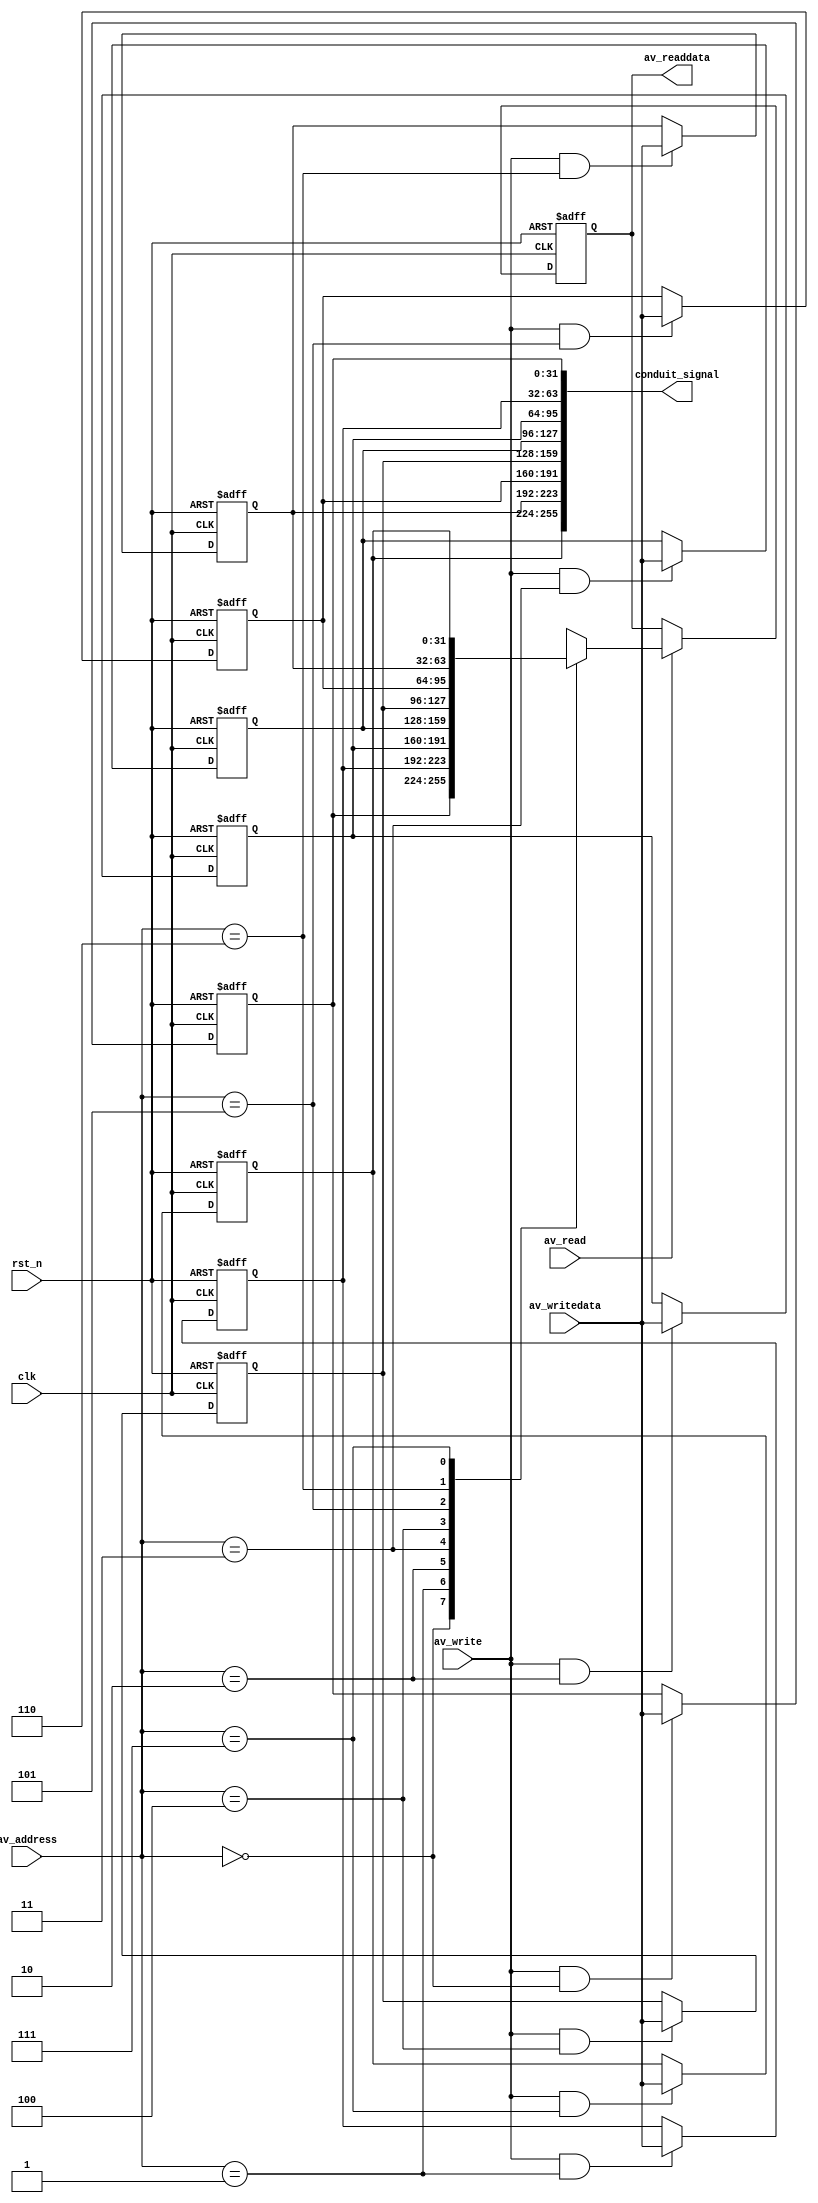
module osd_avalon_slave(
	clk, rst_n,
	
	av_address, av_read, av_write,
	av_readdata, av_writedata,
	
	conduit_signal
);

parameter	ADDR_WIDTH	= 3;
localparam	ADDR_NUM		= 1<<ADDR_WIDTH;

input 						clk, rst_n;
input [ADDR_WIDTH-1:0]	av_address;
input 						av_read, av_write;
output reg [31:0]			av_readdata;
input [31:0]				av_writedata;

output [(1<<(ADDR_WIDTH+5))-1:0]	conduit_signal;

reg [31:0]	registers [ADDR_NUM-1:0];

always @(posedge clk or negedge rst_n)
begin
	if (!rst_n)
		av_readdata <= 32'd0;
	else if (av_read)
		av_readdata <= registers[av_address];
end

genvar i;
generate
   for(i=0; i<ADDR_NUM; i=i+1)
	begin: register
		always @(posedge clk or negedge rst_n)
		begin
			if (!rst_n)
				registers[i] <= 32'd0;
			else if (av_write && av_address==i)
				registers[i] <= av_writedata;
		end
		assign conduit_signal[(32*i+31):(32*i)] = registers[i];
	end
endgenerate

endmodule